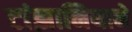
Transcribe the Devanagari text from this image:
टांझानियाने